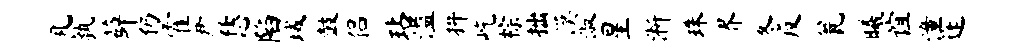
凡孰薛仍霍尹恁陷域鼓侣玷溢拚屹棕拙漠淑星淅珠界冬反瓮曦谊潼蓬